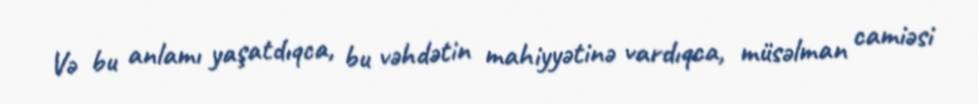
Və bu anlamı yaşatdıqca, bu vəhdətin mahiyyətinə vardıqca, müsəlman camiəsi